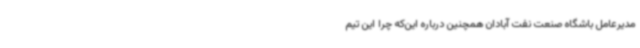
مدیرعامل باشگاه صنعت نفت آبادان همچنین درباره این‌که چرا این تیم